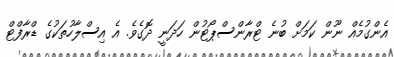
އެންގުމެއް ނޫން ކަމަށް ބުނެ ޓްރާންސްޕޯޓުން ހަދަނީ ދޮގެވެ. އެ އިސްލާހުތަކުގެ ޑްރާފްޓް